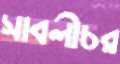
সাবলীচর